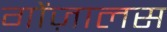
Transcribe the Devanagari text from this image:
गोंज़ालस